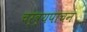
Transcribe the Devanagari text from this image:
चर्व्यपाचन